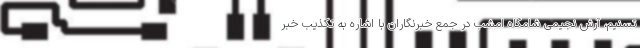
تسنیم، آرش نجیمی شامگاه امشب در جمع خبرنگاران با اشاره به تکذیب خبر